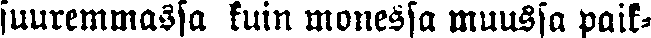
suuremmassa kuin monessa muussa paik-